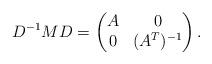
\begin{align*}D^{-1}MD=\left(\begin{matrix}A & 0\\0 & (A^T)^{-1}\end{matrix}\right).\end{align*}